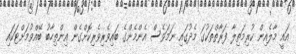
އައީ މާލެއިން ކުރިމަތިލާ ފަރާތްތަކުގަ މެދުގައި ނަމަވެސް އެންމެންގެ ބައިވެރިވެރިކޮށްގެން އިންތިހާބު ބޭއްވުމަށްޓަކައި